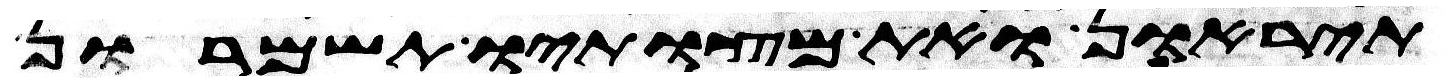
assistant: תיראון ואת מצותיו תשמרון